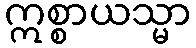
ဣစ္စာယသ္မာ